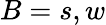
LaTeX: B=s,w